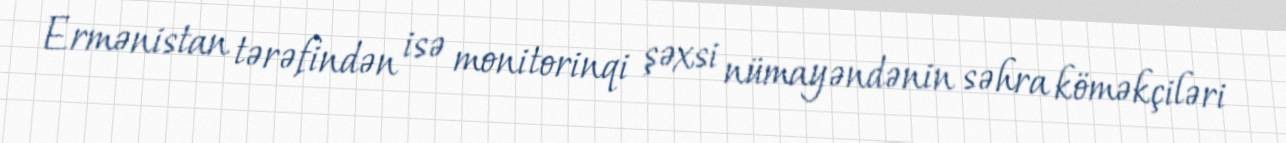
Ermənistan tərəfindən isə monitorinqi şəxsi nümayəndənin səhra köməkçiləri